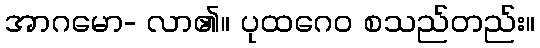
အာဂမော- လာ၏။ ပုထဂေဝ စသည်တည်း။